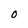
Character: O